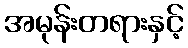
အမုန်းတရားနှင့်